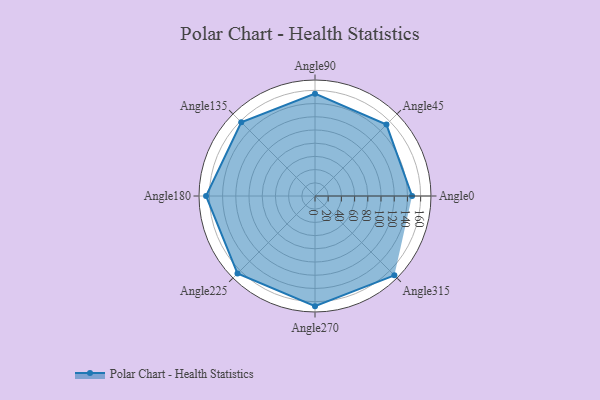
{"axis": {"x": "Angle", "y": "Radius"}, "legend": [""], "data": [{"x": "Angle0", "y": 147.0, "type": ""}, {"x": "Angle45", "y": 153.0, "type": ""}, {"x": "Angle90", "y": 155.0, "type": ""}, {"x": "Angle135", "y": 158.0, "type": ""}, {"x": "Angle180", "y": 165.0, "type": ""}, {"x": "Angle225", "y": 166.0, "type": ""}, {"x": "Angle270", "y": 167.0, "type": ""}, {"x": "Angle315", "y": 170, "type": ""}]}